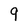
Character: 9